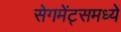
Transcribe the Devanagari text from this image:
सेगमेंट्समध्ये